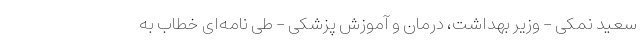
سعید نمکی - وزیر بهداشت، درمان و آموزش پزشکی - طی نامه‌ای خطاب به